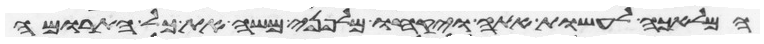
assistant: המלאכה לעשות אתה ויקחו מלפני משה את כל התרומה